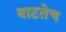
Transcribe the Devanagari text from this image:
वाटतेच